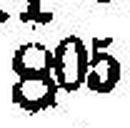
805